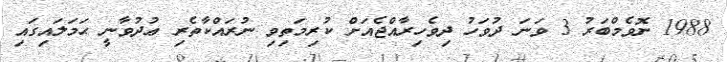
1988 ނޮވެމްބަރު 3 ވަނަ ދުވަހު ދިވެހިރާއްޖެއަށް ކުރިމަތިވި ނުރައްކާތެރި ޢުދުވާނީ ޙަމަލައިގައި